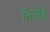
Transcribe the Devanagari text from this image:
भिजीट